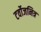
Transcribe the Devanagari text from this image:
टर्वोजनित्र